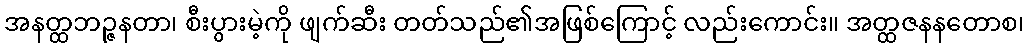
အနတ္ထဘဉ္ဇနတာ၊ စီးပွားမဲ့ကို ဖျက်ဆီး တတ်သည်၏အဖြစ်ကြောင့် လည်းကောင်း။ အတ္ထဇနနတောစ၊